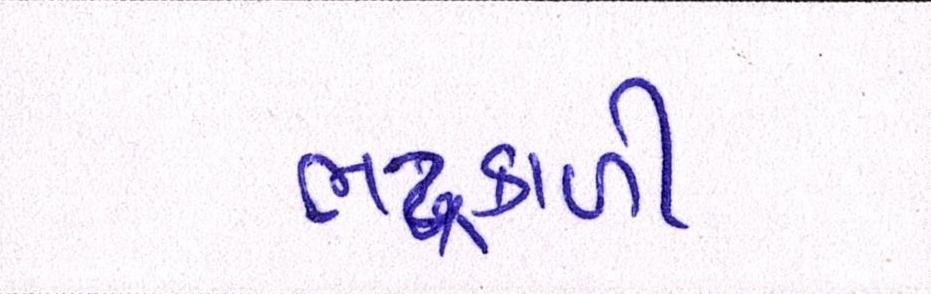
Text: ભદ્રકાળી